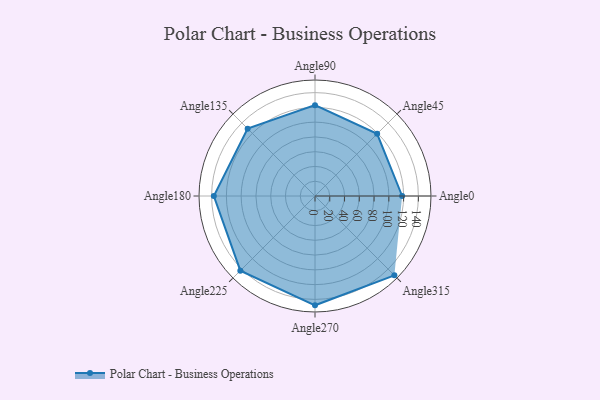
{"axis": {"x": "Angle", "y": "Radius"}, "legend": [""], "data": [{"x": "Angle0", "y": 118.0, "type": ""}, {"x": "Angle45", "y": 119.0, "type": ""}, {"x": "Angle90", "y": 123.0, "type": ""}, {"x": "Angle135", "y": 129.0, "type": ""}, {"x": "Angle180", "y": 137.0, "type": ""}, {"x": "Angle225", "y": 143.0, "type": ""}, {"x": "Angle270", "y": 148.0, "type": ""}, {"x": "Angle315", "y": 152.0, "type": ""}]}